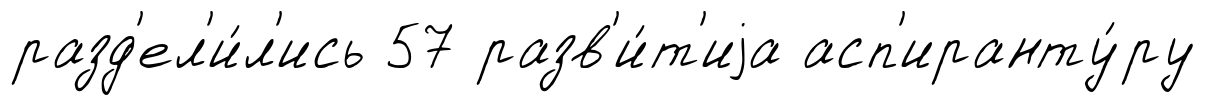
разд'ел'и́л'ись 57 разв'и́т'иjа асп'иранту́ру